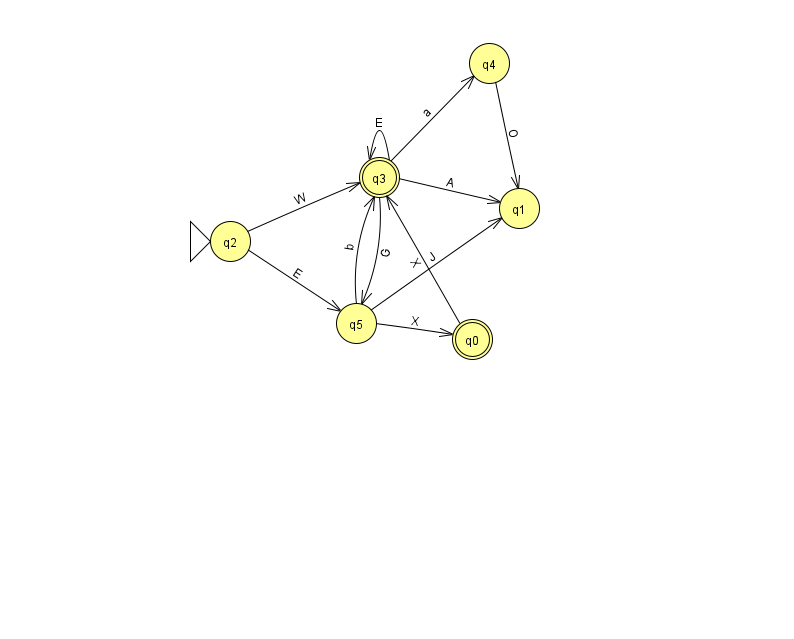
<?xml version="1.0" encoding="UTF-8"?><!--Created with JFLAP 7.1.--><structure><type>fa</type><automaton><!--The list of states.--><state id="0" name="q0"><x>472.0</x><y>326.0</y><final/></state><state id="1" name="q1"><x>519.0</x><y>195.0</y></state><state id="2" name="q2"><x>230.0</x><y>228.0</y><initial/></state><state id="3" name="q3"><x>379.0</x><y>164.0</y><final/></state><state id="4" name="q4"><x>489.0</x><y>50.0</y></state><state id="5" name="q5"><x>356.0</x><y>310.0</y></state><!--The list of transitions.--><transition><from>0</from><to>3</to><read>X</read></transition><transition><from>3</from><to>5</to><read>G</read></transition><transition><from>3</from><to>3</to><read>E</read></transition><transition><from>4</from><to>1</to><read>O</read></transition><transition><from>5</from><to>0</to><read>X</read></transition><transition><from>5</from><to>3</to><read>b</read></transition><transition><from>3</from><to>1</to><read>A</read></transition><transition><from>2</from><to>5</to><read>E</read></transition><transition><from>5</from><to>1</to><read>J</read></transition><transition><from>3</from><to>4</to><read>a</read></transition><transition><from>2</from><to>3</to><read>W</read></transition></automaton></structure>